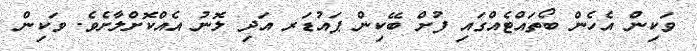
ވަކިން އެހެން ބޯތައްޓެއްގައި ފުށް ބޭކިން ޕައުޑަރ އަދި ލޮނު އެއްކޮށްލާށެވެ. ވަކިން